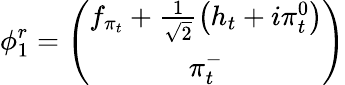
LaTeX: \phi_{1}^{r}=\left(\begin{array}{c}{{f_{\pi_{t}}+\frac{1}{\sqrt{2}}\left(h_{t}+i\pi_{t}^{0}\right)}}\\ {{\pi_{t}^{-}}}\end{array}\right)